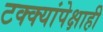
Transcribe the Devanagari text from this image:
टक्क्यांपेक्षाही